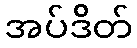
အပ်ဒိတ်